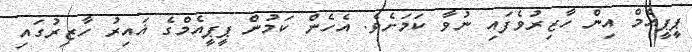
ޕީޕީއެމް އިން ހާޒިރުވެފައި ނުވާ ކަމަށެވެ. އެހެން ކަމުން ޕީޕީއެމްގެ ޣައިރު ހާޒިރުގައި